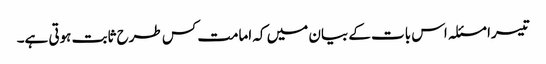
تیسرا مسئلہ اس بات کے بیان میں کہ امامت کس طرح ثابت ہوتی ہے۔